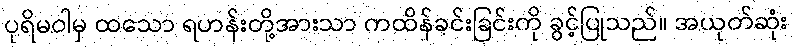
ပုရိမဝါမှ ထသော ရဟန်းတို့အားသာ ကထိန်ခင်းခြင်းကို ခွင့်ပြုသည်။ အယုတ်ဆုံး